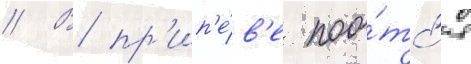
// В пр'ип'е́в'е поо́тс'я